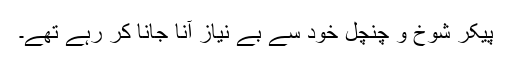
پیکر شوخ و چنچل خود سے بے نیاز آنا جانا کر رہے تھے۔